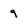
Character: 9